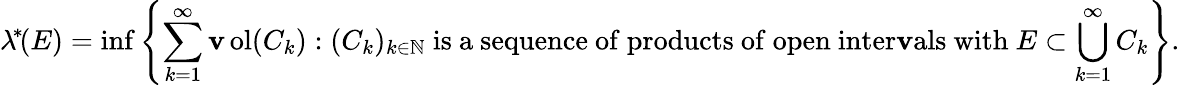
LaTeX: \lambda^{\! *\! }(E)=\operatorname*{inf}\left\{ \sum_{k=1}^{\infty}\operatorname{\mathbf{v}ol}(C_{k}):{(C_{k})_{k\in\mathbb{{N}}}}{\mathrm{{~is~a~sequence~of~products~of~open~inter\mathbf{v}als~with~}}}E\subset\bigcup_{k=1}^{\infty}C_{k}\right\} .